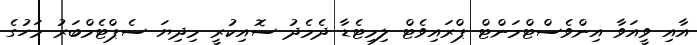
އާއި ވީއަވާ އިންވެސްޓްމަންޓް ޕްރައިވެޓް ލިމިޓެޑާ ދެމެދު ސޮއިކުރީ މިދިޔަ ސެޕްޓެމްބަރު މަހުގެ